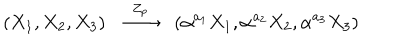
LaTeX: ( X _ { 1 } , X _ { 2 } , X _ { 3 } ) \stackrel { Z _ { p } } { \longrightarrow } ( \alpha ^ { a _ { 1 } } X _ { 1 } , \alpha ^ { a _ { 2 } } X _ { 2 } , \alpha ^ { a _ { 3 } } X _ { 3 } )